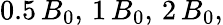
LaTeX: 0.5\, B_{0},\, 1\, B_{0},\, 2\, B_{0},